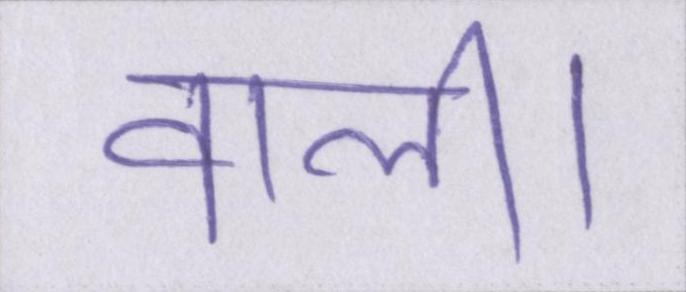
वाली।